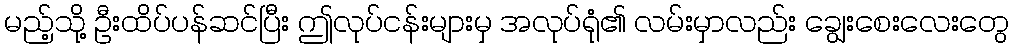
မည့်သို့ ဦးထိပ်ပန်ဆင်ပြီး ဤလုပ်ငန်းများမှ အလုပ်ရုံ၏ လမ်းမှာလည်း ချွေးစေးလေးတွေ